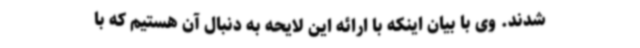
شدند. وی با بیان اینکه با ارائه این لایحه به دنبال آن هستیم که با